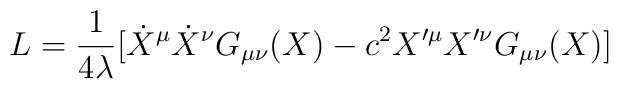
L={1\over 4{\lambda}}[{\dot X^{\mu}}{\dot X^{\nu}}G_{\mu\nu}(X)-c^2{X'^{\mu}}{X'^{\nu}}G_{\mu\nu}(X)]